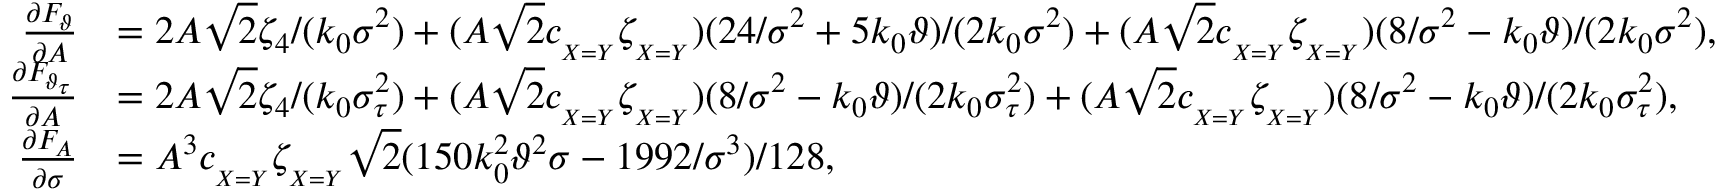
\begin{array} { r l } { \frac { \partial F _ { \vartheta } } { \partial A } } & { = 2 A \sqrt { 2 } \zeta _ { 4 } / ( k _ { 0 } \sigma ^ { 2 } ) + ( A \sqrt { 2 } c _ { _ { X = Y } } \zeta _ { _ { X = Y } } ) ( 2 4 / \sigma ^ { 2 } + 5 k _ { 0 } \vartheta ) / ( 2 k _ { 0 } \sigma ^ { 2 } ) + ( A \sqrt { 2 } c _ { _ { X = Y } } \zeta _ { _ { X = Y } } ) ( 8 / \sigma ^ { 2 } - k _ { 0 } \vartheta ) / ( 2 k _ { 0 } \sigma ^ { 2 } ) , } \\ { \frac { \partial F _ { \vartheta _ { \tau } } } { \partial A } } & { = 2 A \sqrt { 2 } \zeta _ { 4 } / ( k _ { 0 } \sigma _ { \tau } ^ { 2 } ) + ( A \sqrt { 2 } c _ { _ { X = Y } } \zeta _ { _ { X = Y } } ) ( 8 / \sigma ^ { 2 } - k _ { 0 } \vartheta ) / ( 2 k _ { 0 } \sigma _ { \tau } ^ { 2 } ) + ( A \sqrt { 2 } c _ { _ { X = Y } } \zeta _ { _ { X = Y } } ) ( 8 / \sigma ^ { 2 } - k _ { 0 } \vartheta ) / ( 2 k _ { 0 } \sigma _ { \tau } ^ { 2 } ) , } \\ { \frac { \partial F _ { A } } { \partial \sigma } } & { = A ^ { 3 } c _ { _ { X = Y } } \zeta _ { _ { X = Y } } \sqrt { 2 } ( 1 5 0 k _ { 0 } ^ { 2 } \vartheta ^ { 2 } \sigma - 1 9 9 2 / \sigma ^ { 3 } ) / 1 2 8 , } \end{array}